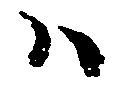
ハ